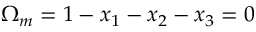
\Omega _ { m } = 1 - x _ { 1 } - x _ { 2 } - x _ { 3 } = 0